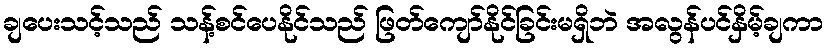
ချပေးသင့်သည် သန့်စင်ပေနိုင်သည် ဖြတ်ကျော်နိုင်ခြင်းမရှိဘဲ အလွန်ပင်နှိမ့်ချကာ